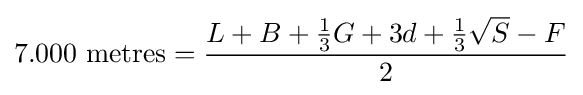
7.000{\mbox{ metres}}={\frac {L+B+{\frac {1}{3}}G+3d+{\frac {1}{3}}{\sqrt {S}}-F}{2}}